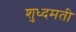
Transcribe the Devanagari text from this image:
शुध्दमती